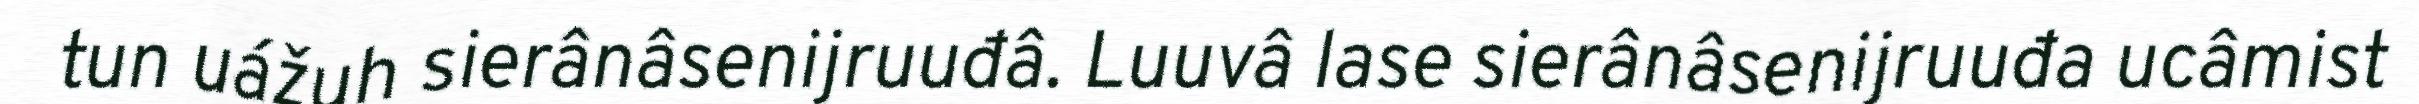
tun uážuh sierânâsenijruuđâ. Luuvâ lase sierânâsenijruuđa ucâmist